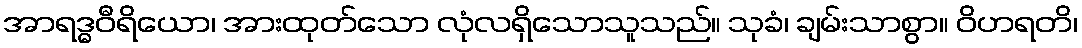
အာရဒ္ဓဝီရိယော၊ အားထုတ်သော လုံလရှိသောသူသည်။ သုခံ၊ ချမ်းသာစွာ။ ဝိဟရတိ၊